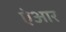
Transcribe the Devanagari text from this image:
ऐआर